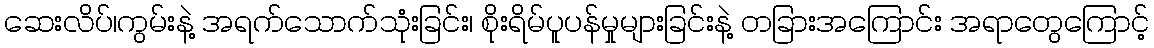
ဆေးလိပ်၊ကွမ်းနဲ့ အရက်သောက်သုံးခြင်း၊ စိုးရိမ်ပူပန်မှုများခြင်းနဲ့ တခြားအကြောင်း အရာတွေကြောင့်